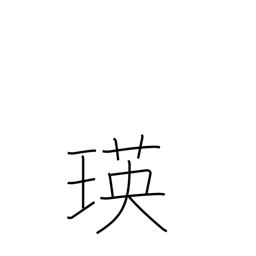
Meaning: sparkle of jewelry